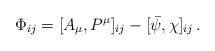
\begin{align*} \Phi_{ij} =[A_{\mu },P^{\mu }]_{ij}-[\bar{\psi },\chi ]_{ij}\,.\end{align*}